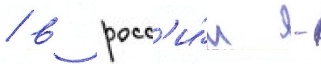
/ в росс'и́и -